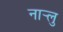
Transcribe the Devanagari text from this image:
नार्‍लु